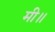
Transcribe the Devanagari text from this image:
मी॥